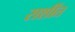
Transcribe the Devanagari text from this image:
राशींत